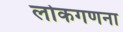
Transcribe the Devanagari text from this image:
लोकगणना